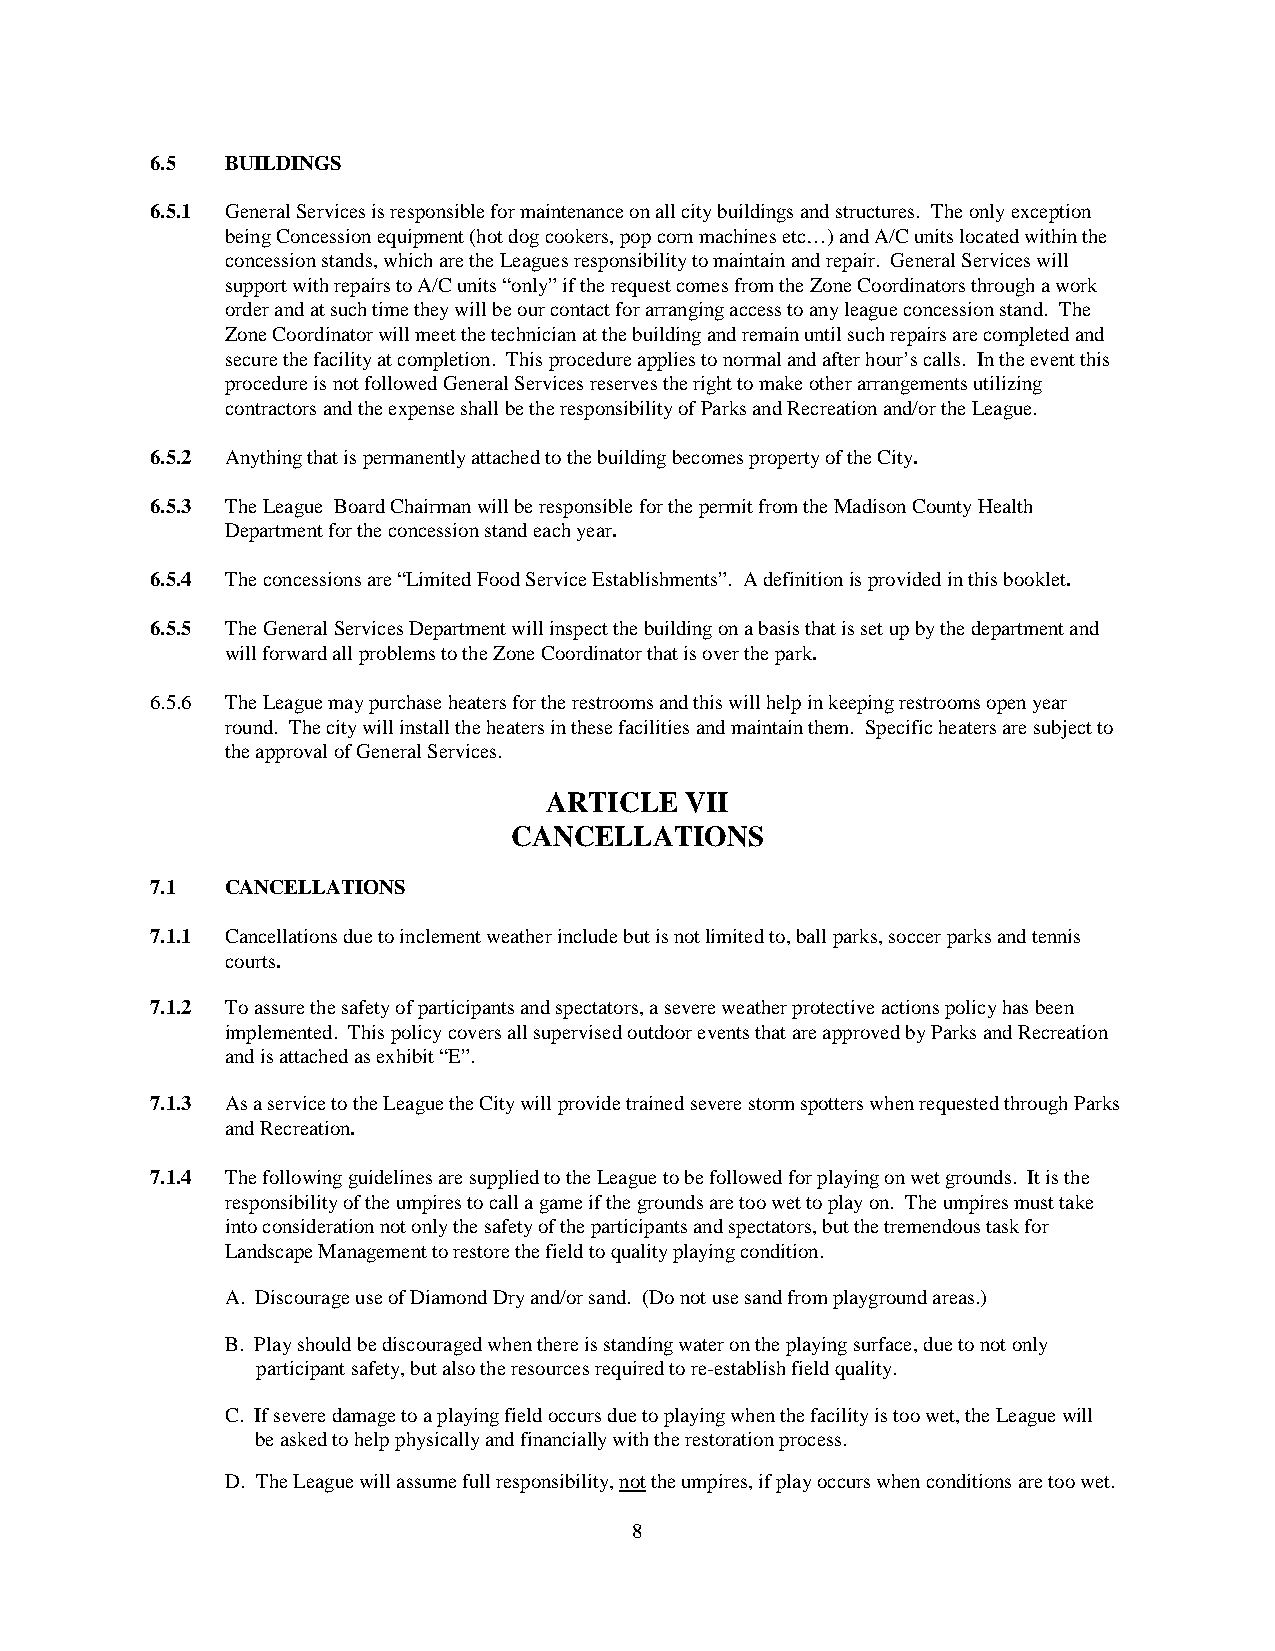
6.5  BUILDINGS
 6.5.1 General Services is responsible for maintenance on all city buildings and structures. The only exception
 being Concession equipment (hot dog cookers, pop corn machines etc…) and A/C units located within the
 concession stands, which are the Leagues responsibility to maintain and repair. General Services will
 support with repairs to A/C units “only” if the request comes from the Zone Coordinators through a work
 order and at such time they will be our contact for arranging access to any league concession stand. The
 Zone Coordinator will meet the technician at the building and remain until such repairs are completed and
 secure the facility at completion. This procedure applies to normal and after hour’s calls. In the event this
 procedure is not followed General Services reserves the right to make other arrangements utilizing
 contractors and the expense shall be the responsibility of Parks and Recreation and/or the League.
 6.5.2 Anything that is permanently attached to the building becomes property of the City.
 6.5.3 The League Board Chairman will be responsible for the permit from the Madison County Health
 Department for the concession stand each year.
 6.5.4 The concessions are “Limited Food Service Establishments”. A definition is provided in this booklet.
 6.5.5 The General Services Department will inspect the building on a basis that is set up by the department and
 will forward all problems to the Zone Coordinator that is over the park.
 6.5.6 The League may purchase heaters for the restrooms and this will help in keeping restrooms open year
 round. The city will install the heaters in these facilities and maintain them. Specific heaters are subject to
 the approval of General Services.
 ARTICLE  VII
 CANCELLATIONS
 7.1  CANCELLATIONS
 7.1.1 Cancellations due to inclement weather include but is not limited to, ball parks, soccer parks and tennis
 courts.
 7.1.2 To assure the safety of participants and spectators, a severe weather protective actions policy has been
 implemented. This policy covers all supervised outdoor events that are approved by Parks and Recreation
 and is attached as exhibit “E”.
 7.1.3 As a service to the League the City will provide trained severe storm spotters when requested through Parks
 and Recreation.
 7.1.4 The following guidelines are supplied to the League to be followed for playing on wet grounds. It is the
 responsibility of the umpires to call a game if the grounds are too wet to play on. The umpires must take
 into consideration not only the safety of the participants and spectators, but the tremendous task for
 Landscape Management to restore the field to quality playing condition.
 A. Discourage use of Diamond Dry and/or sand. (Do not use sand from playground areas.)
 B. Play should be discouraged when there is standing water on the playing surface, due to not only
 participant safety, but also the resources required to re-establish field quality.
 C. If severe damage to a playing field occurs due to playing when the facility is too wet, the League will
 be asked to help physically and financially with the restoration process.
 D. The League will assume full responsibility, not the umpires, if play occurs when conditions are too wet.
 8